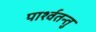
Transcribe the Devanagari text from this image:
पार्श्वतन्तु